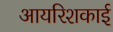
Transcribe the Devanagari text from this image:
आयरिशकाई